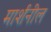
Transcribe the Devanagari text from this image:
मार्शनील